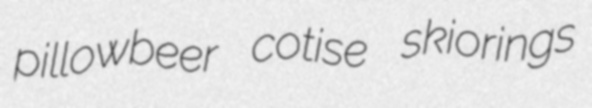
pillowbeer cotise skiorings